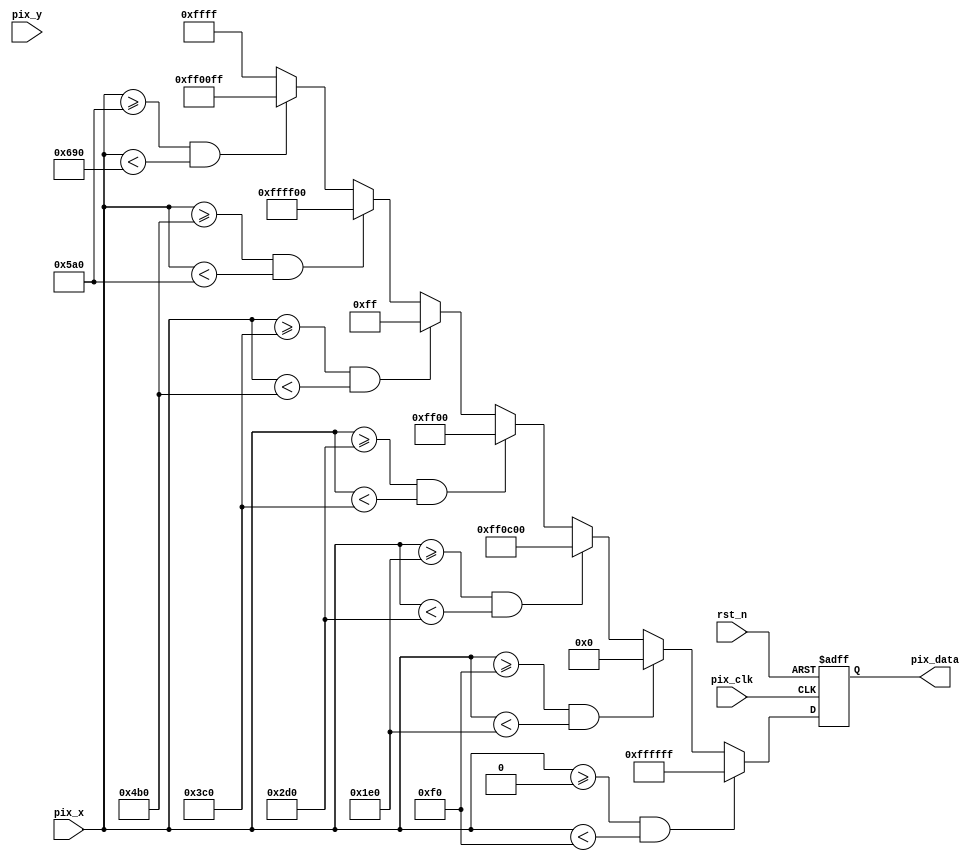
//************************************************
// Creat Date   : 2023324 9:46:21
// Version      : v1.0
// Target Device: PANGO PGL50H
// Function     : 
//************************************************

module video_display#(
    parameter X_BITS    = 12        ,
    parameter Y_BITS    = 12        ,
    parameter H_DISP    = 12'd1920  , //
    parameter V_DISP    = 12'd1080    //
)(
    input   wire                    pix_clk     ,
    input   wire                    rst_n       ,
    
    input   wire    [X_BITS-1:0]    pix_x       ,
    input   wire    [Y_BITS-1:0]    pix_y       ,
    output  reg     [23:0]          pix_data    
);
/*************************parameter**************************/
localparam WHITE  = 24'b11111111_11111111_11111111;  //RGB888 
localparam BLACK  = 24'b00000000_00000000_00000000;  //RGB888 
localparam RED    = 24'b11111111_00001100_00000000;  //RGB888 
localparam GREEN  = 24'b00000000_11111111_00000000;  //RGB888 
localparam BLUE   = 24'b00000000_00000000_11111111;  //RGB888 
localparam YELLOW = 24'b11111111_11111111_00000000;  //RGB888 
localparam PURPLE = 24'b11111111_00000000_11111111;  //RGB888 
localparam CYAN   = 24'b00000000_11111111_11111111;  //RGB888 

localparam H_DISP_0 = H_DISP / 8  ;
localparam H_DISP_1 = 2 * H_DISP_0;
localparam H_DISP_2 = 3 * H_DISP_0;
localparam H_DISP_3 = 4 * H_DISP_0;
localparam H_DISP_4 = 5 * H_DISP_0;
localparam H_DISP_5 = 6 * H_DISP_0;
localparam H_DISP_6 = 7 * H_DISP_0;

/**************************process***************************/
always@(posedge pix_clk or negedge rst_n)
begin
    if(!rst_n)
        pix_data <= 24'd0;
    else if((pix_x >= 0) && (pix_x < H_DISP_0))
        pix_data <= WHITE;
    else if((pix_x >= H_DISP_0) && (pix_x < H_DISP_1))
        pix_data <= BLACK;
    else if((pix_x >= H_DISP_1) && (pix_x < H_DISP_2))
        pix_data <= RED;
    else if((pix_x >= H_DISP_2) && (pix_x < H_DISP_3))
        pix_data <= GREEN;
    else if((pix_x >= H_DISP_3) && (pix_x < H_DISP_4))
        pix_data <= BLUE;
    else if((pix_x >= H_DISP_4) && (pix_x < H_DISP_5))
        pix_data <= YELLOW;
    else if((pix_x >= H_DISP_5) && (pix_x < H_DISP_6))
        pix_data <= PURPLE;
    else
        pix_data <= CYAN;
end

endmodule